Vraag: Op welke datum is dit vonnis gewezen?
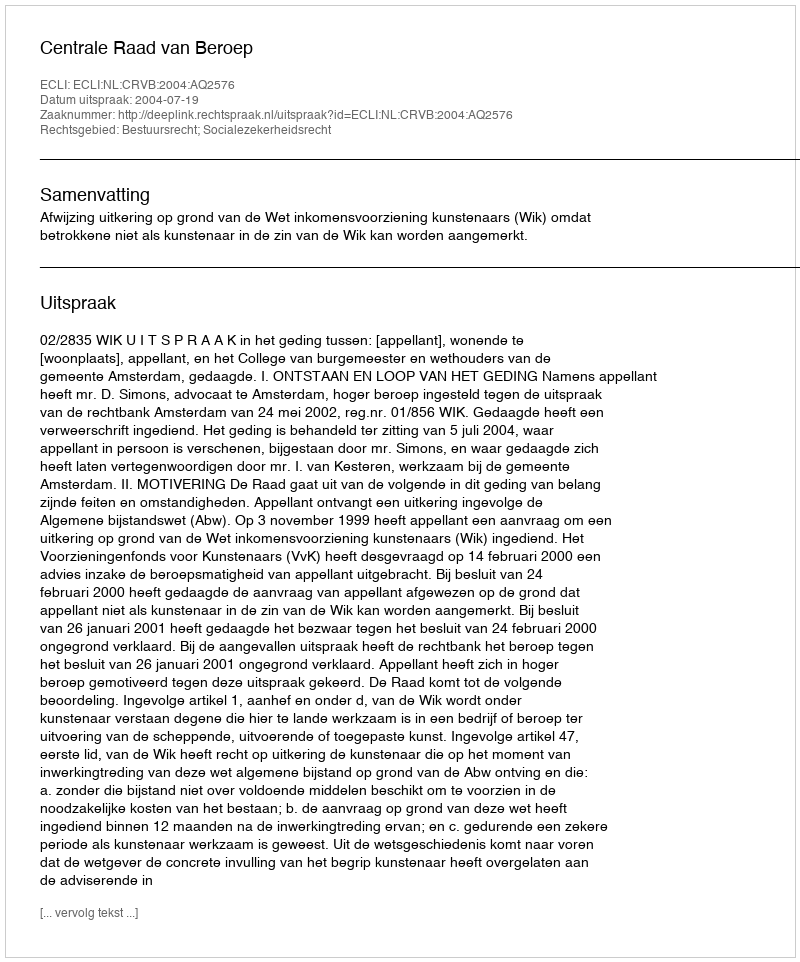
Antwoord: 2004-07-19